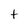
Character: t